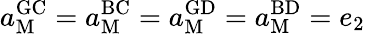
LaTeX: a_{\mathrm{M}}^{\mathrm{GC}}=a_{\mathrm{M}}^{\mathrm{BC}}=a_{\mathrm{M}}^{\mathrm{GD}}=a_{\mathrm{M}}^{\mathrm{BD}}=e_{2}